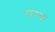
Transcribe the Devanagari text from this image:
चारक